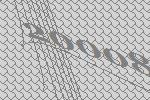
20008